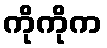
ကိုကိုက